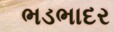
ભડભાદર